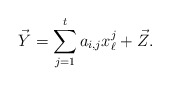
\begin{align*}\vec{Y}= \sum_{j=1}^t a_{i,j} x^j_{\ell} +\vec{Z}.\end{align*}